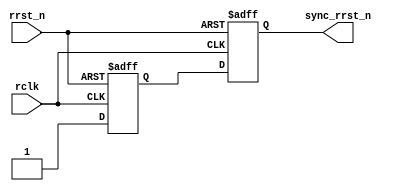
module RRST_SYNC(
input             rclk,         //read clock
input             rrst_n,       //async reset input
output   reg      sync_rrst_n   //sync reset output
);

reg        rst_d1;

always @(posedge rclk or negedge rrst_n)
	if(rrst_n == 1'b0)
		begin
  			rst_d1 <= 1'b0;
			sync_rrst_n <= 1'b0;
		end
	else
		begin
			rst_d1 <= 1'b1;
			sync_rrst_n <= rst_d1;
		end

endmodule